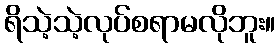
ရိသဲ့သဲ့လုပ်စရာမလိုဘူး။